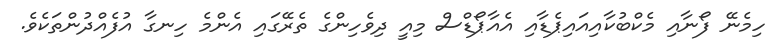
ހިމެނޭ ފޯނާއި މެކްބުކާއިއައިޕެޑާއި އެއާޕޯޑްސް މިއީ ދިވެހިންގެ ތެރޭގައި އެންމެ ހިނގާ އުފެއްދުންތަކެވެ.